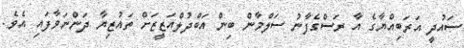
ސައުދީ އަރަބިއްޔާގެ އާ ރަސްގެފާނު ސަލްމާން ބިން އަބްދުލްއަޒީޒަށް ތައުޒިޔާ ދަންނަވާފައި އެވެ.